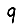
Digit: 9